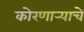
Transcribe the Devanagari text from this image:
कोरणार्‍याचे